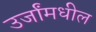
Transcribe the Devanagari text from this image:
उर्जांमधील